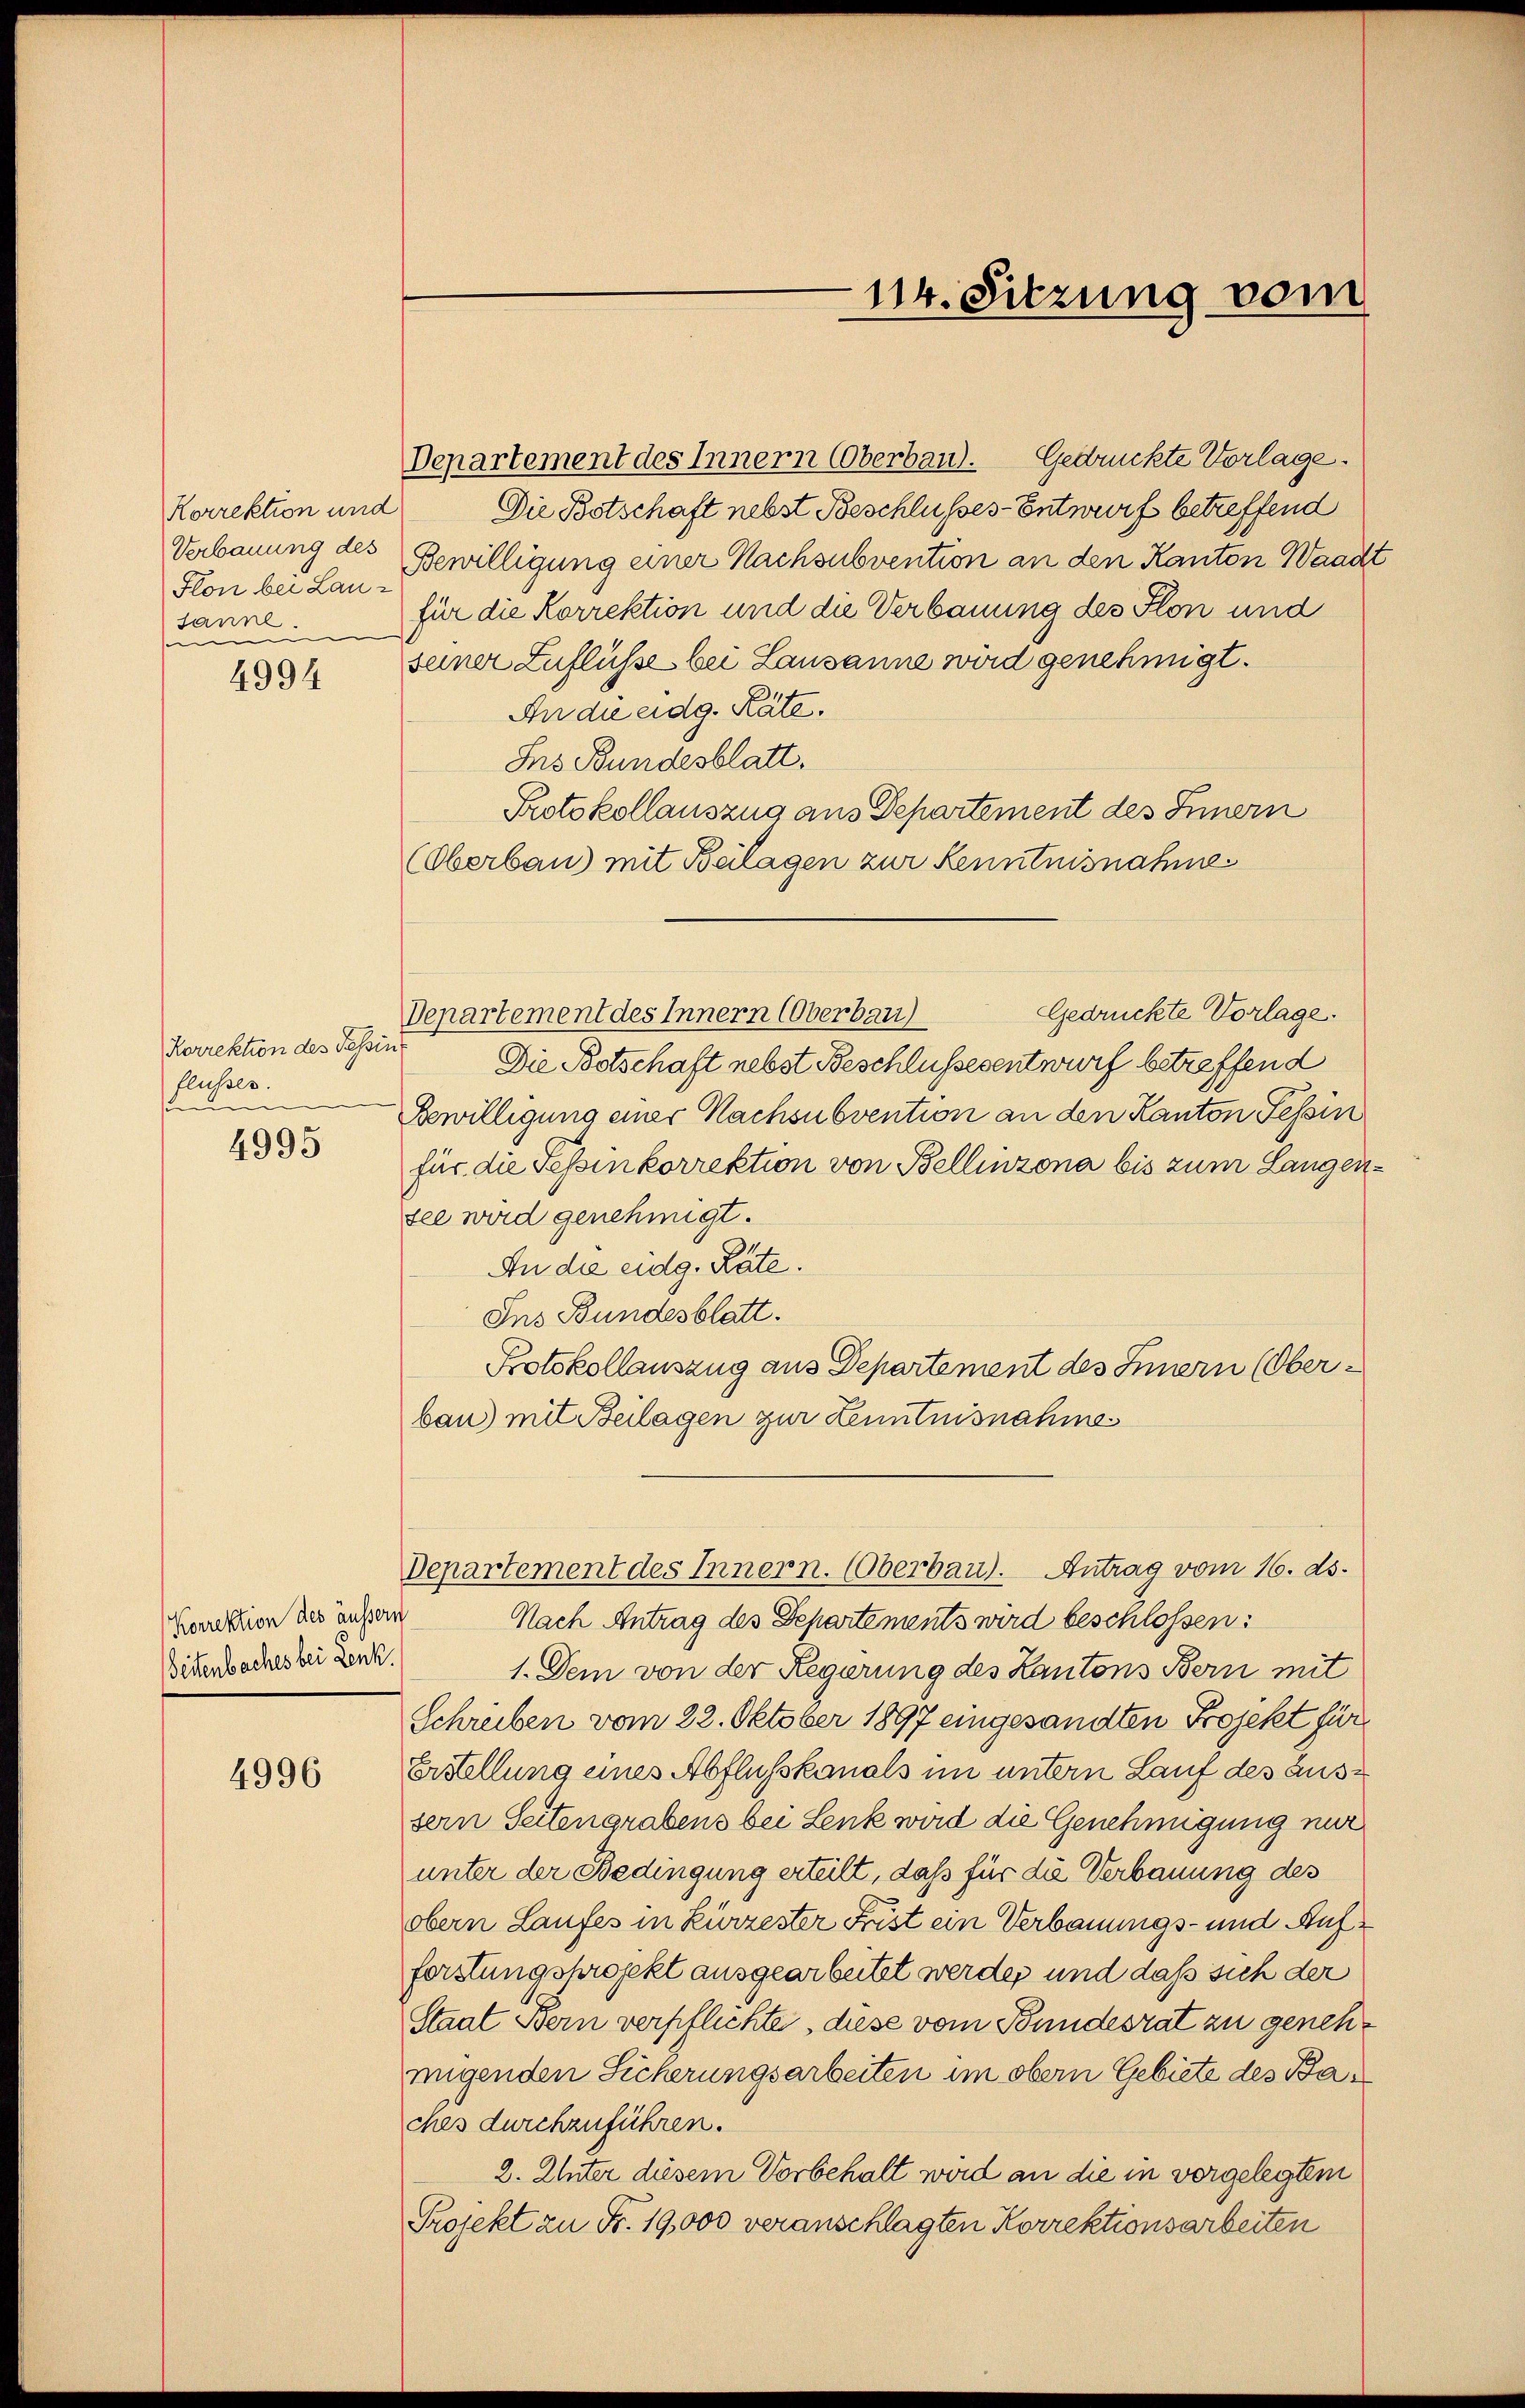
Korrektion und
Verbauung des
Flon bei Lausanne.
e

4994

Rerrektion des Tessin
flusser.
e

4995

Korrektion des äussern
Seitenbaches bei Leuk.

4996

Departement des Innern Oberbau. Gedrückte Vorlage.
Die Botschaft nebst Beschlusses-Entwurf betreffend
Bewilligung einer Nachsubvention an den Kanton Waadt
für die Korrektion und die Verbauung des Flon und
seiner Zuflüsse bei Lausanne wird genehmigt.
An die eidg. Räte.
Ins Bundesblatt.
Protokollauszug aus Departement des Innern
(Oberbau) mit Beilagen zur Kenntnisnahme¬
Gedrückte Vorlage.
Departement des Innern (Oberbau
Die Botschaft nebst Beschlussesentwurf betreffend
Bewilligung einer Nachsubvention an den Kanton Tessin
für die Tessin korrektion von Bellinzona bis zum Langensee wird genehmigt.
An die eidg. Räte.
Ins Bundesblatt.
Protokollauszug aus Departement des Innern (Oberbau) mit Beilagen zur Kenntnisnahme
Departement des Innern. (Oberbau). Antrag vom 16. ds.
Nach Antrag des Departements wird beschlossen:
1. Dem von der Regierung des Kantons Bern mit
Schreiben vom 22. Oktober 1897 eingesandten Projekt für
Erstellung eines Abflußkanals im untern Lauf des aussern Seitengrabens bei Lenk wird die Genehmigung nur
unter der Bedingung erteilt, daß für die Verbauung des
obern Laufes in kürzester Frist ein Verbauungs- und Aufforstungsprojekt ausgearbeitet werden und daß sich der
Staat Bern verpflichte, diese vom Bundesrat zu genehmigenden Sicherungsarbeiten im obern Gebiete des Baches durchzuführen.
2. Unter diesem Vorbehalt wird an die in vergelegtem
Projekt zu Fr. 19,000 veranschlagten Korrektionsarbeiten

114. Sitzung vom